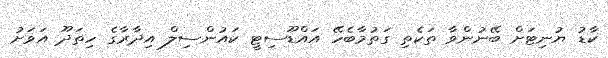
ކާޑު ޔުނިޓަށް ބޭނުންވާ ތަކެތި ގަތުމާބެހޭ އައްޑޫސިޓީ ކައުންސިލް އިދާރާގެ ހިތަދޫ އަވަށު